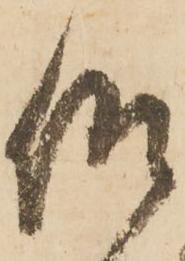
仰